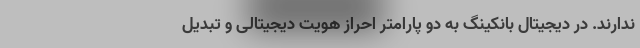
ندارند. در دیجیتال بانکینگ به دو پارامتر احراز هویت دیجیتالی و تبدیل